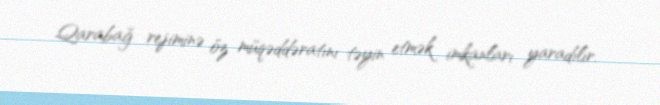
Qarabağ rejiminə öz müqəddəratını təyin etmək imkanları yaradılır.